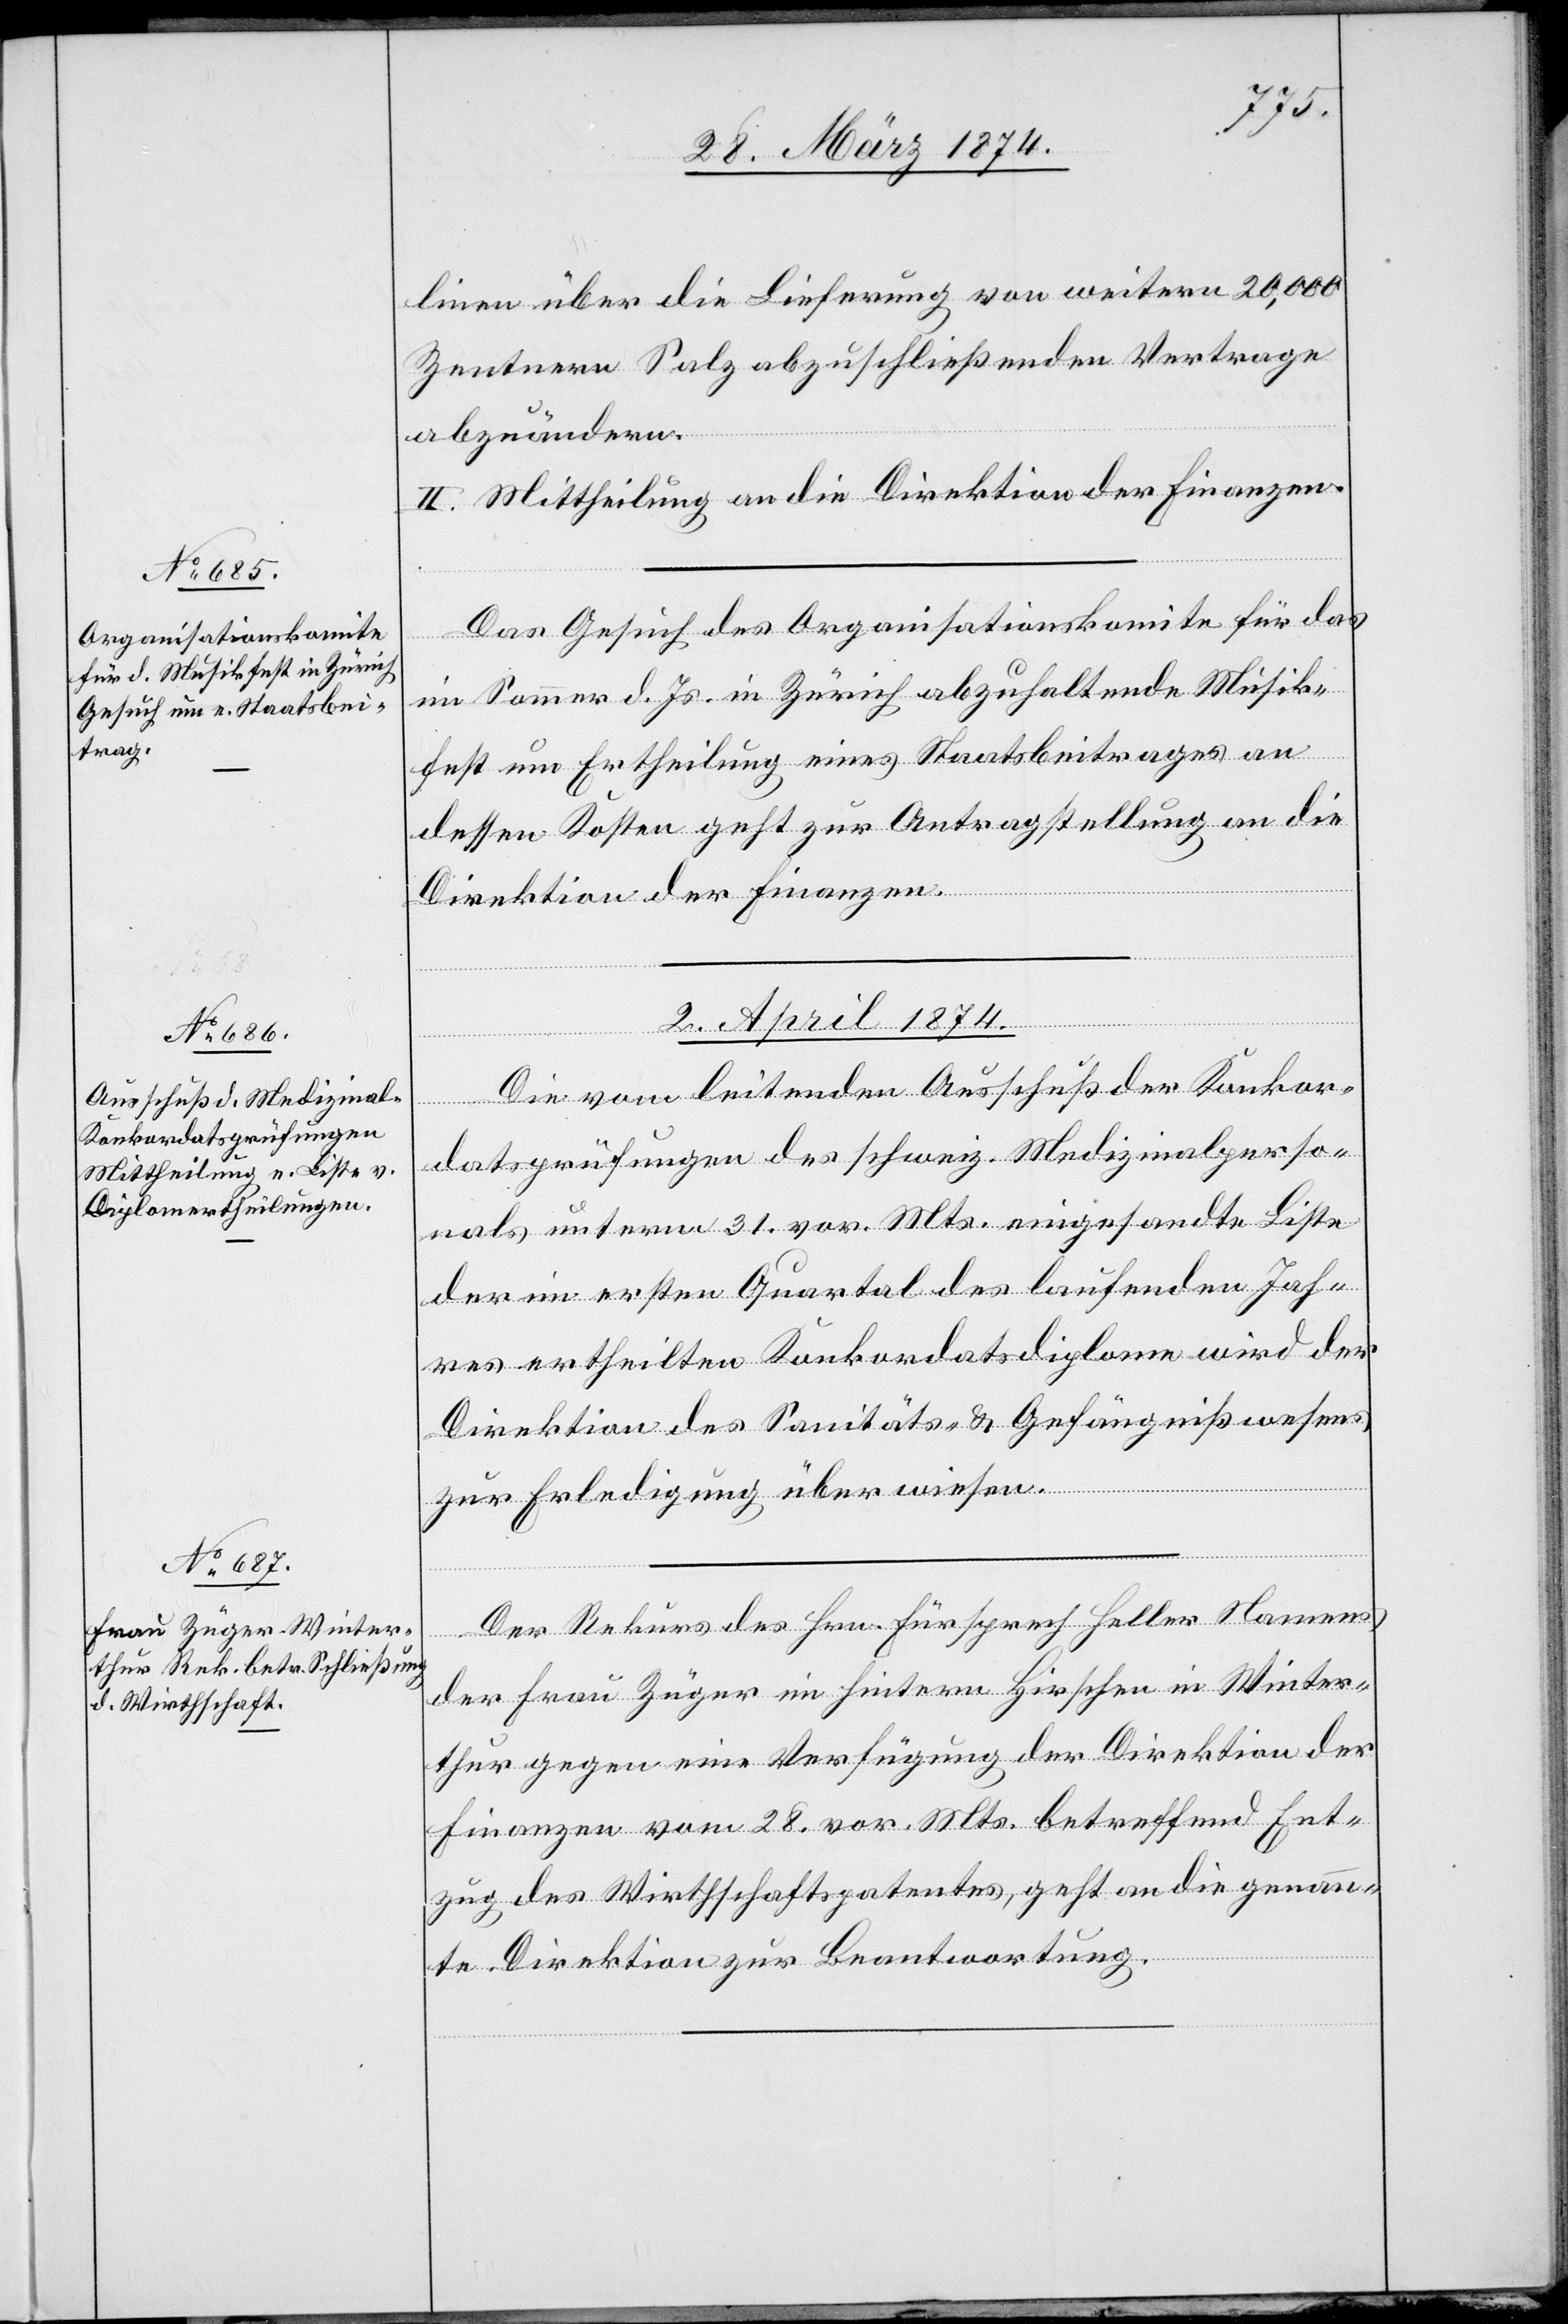
linen über die Lieferung von weitern 20,000
Zentnern Salz abzuschließenden Vertrage
abzuändern.
II. Mittheilung an die Direktion der Finanzen.
Das Gesuch des Organisationskomite für das
im Sommer d. Js. in Zürich abzuhaltende Musik¬
fest um Ertheilung eines Staatsbeitrages an
dessen Kosten geht zur Antragstellung an die
Direktion der Finanzen.
2. April 1874.]
Die vom leitenden Ausschuß der Konkor¬
datsprüfung des schweiz. Medizinalperso¬
nals unterm 31. vor. Mts. eingesandte Liste
der im ersten Quartal des laufenden Jah¬
res ertheilten Konkordatsdiplome wird der
Direktion des Sanität- u. Gefängnißwesens
zur Erledigung überwiesen.
Der Rekurs des Hrn. Fürsprech Haller Namens
der Frau Züger im hintern Hirschen in Winter¬
thur gegen eine Verfügung der Direktion der
Finanzen vom 28. vor. Mts. betreffend Ent¬
zug des Wirtschaftspatentes, geht an die genann¬
te Direktion zur Beantwortung.